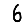
Digit: 6